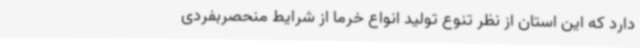
دارد که این استان از نظر تنوع تولید انواع خرما از شرایط منحصربفردی